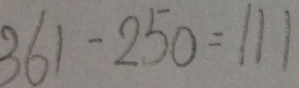
3 6 1 - 2 5 0 = 1 1 1